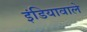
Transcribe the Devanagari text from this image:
इंडियावाले